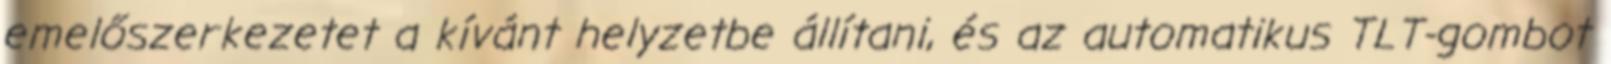
emelőszerkezetet a kívánt helyzetbe állítani, és az automatikus TLT-gombot